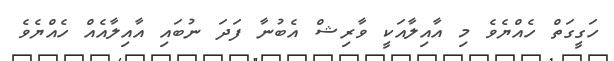
ހަގީގަތް ހެއްޔެވެ މި އާއިލާއަކީ ވާރިޝް އެބުނާ ފަދަ ނުބައި އާއިލާއެއް ހެއްޔެވެ